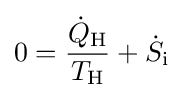
0={\frac {{\dot {Q}}_{\text{H}}}{T_{\text{H}}}}+{\dot {S}}_{\text{i}}